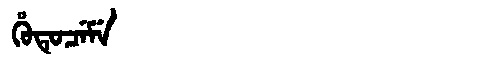
Manchu: ᡥᡠᡨᡠᠴᡝᠮᡝ
Romanization: HUTUCEME